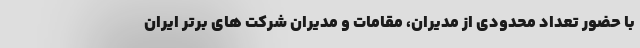
با حضور تعداد محدودی از مدیران، مقامات و مدیران شرکت های برتر ایران